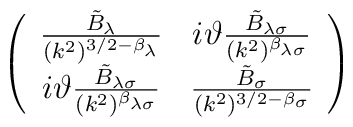
\left(\begin{array}{cc}\frac{\tilde{B}_\lambda}{(k^2)^{3/2-\beta_\lambda}} &i\vartheta \frac{\tilde{B}_{\lambda\sigma}}{(k^2)^{\beta_{\lambda\sigma}}} \\i\vartheta \frac{\tilde{B}_{\lambda\sigma}}{(k^2)^{\beta_{\lambda\sigma}}}& \frac{\tilde{B}_\sigma}{(k^2)^{3/2-\beta_\sigma}} \\\end{array}\right)